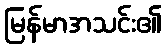
မြန်မာအသင်း၏